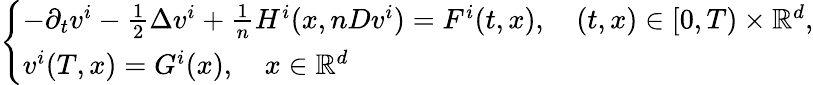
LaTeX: \begin{array}{r}{\left\{ \begin{array}{ll}{-\partial_{t}v^{i}-\frac 12\Delta v^{i}+\frac{1}{n}H^{i}(x,nDv^{i})=F^{i}(t,x),\quad(t,x)\in[0,T)\times{\mathbb R}^{d},}\\ {v^{i}(T,x)=G^{i}(x),\quad x\in{\mathbb R}^{d}}\end{array}\right.}\end{array}